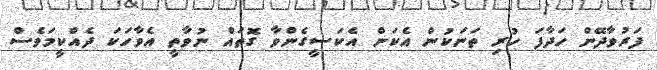
ފަރުވާދޭން ހަދާފަ ހުރި ތަނަކުން އެކަން އެކަސީގެންވާ ގޮތައް ނުވާތީ އެވާހަކަ ދެއްކީމަވެސް